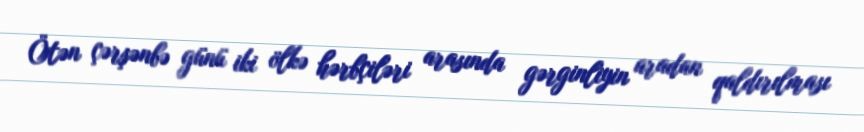
Ötən çərşənbə günü iki ölkə hərbçiləri arasında gərginliyin aradan qaldırılması